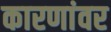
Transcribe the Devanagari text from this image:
कारणांवर